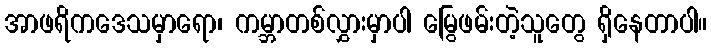
အာဖရိကဒေသမှာရော၊ ကမ္ဘာတစ်လွှားမှာပါ မြွေဖမ်းတဲ့သူတွေ ရှိနေတာပါ။